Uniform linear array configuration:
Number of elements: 16
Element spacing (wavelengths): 1
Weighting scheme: cosine
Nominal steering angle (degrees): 0
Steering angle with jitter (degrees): -0.05803
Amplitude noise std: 0.05
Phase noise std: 0.05

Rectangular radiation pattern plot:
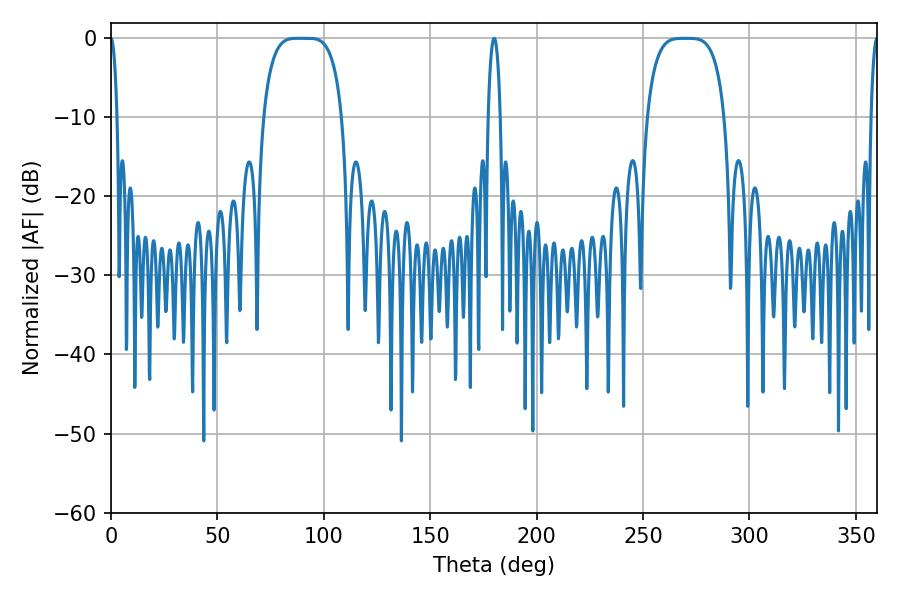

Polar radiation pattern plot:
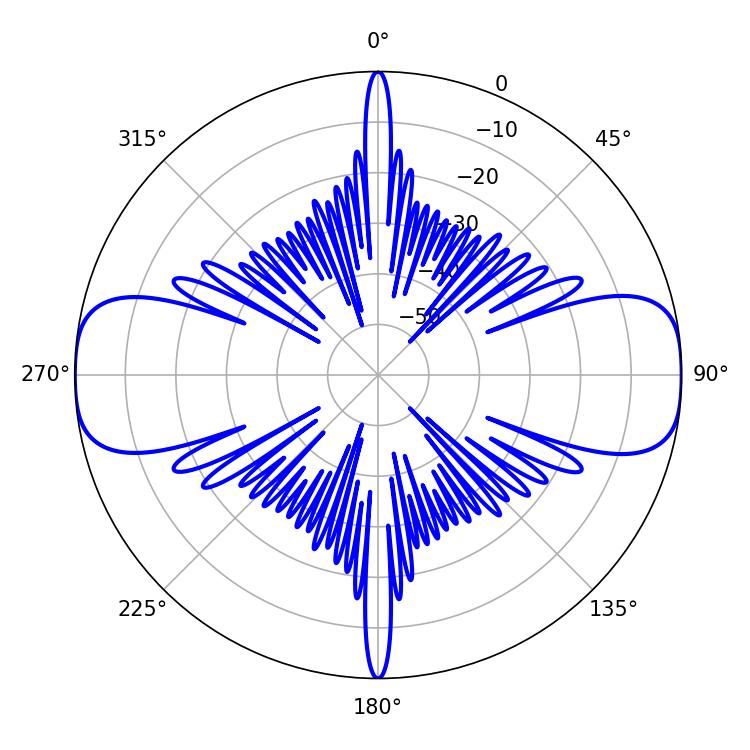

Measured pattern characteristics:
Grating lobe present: TRUE
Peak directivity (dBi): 22.085
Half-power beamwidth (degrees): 28.08
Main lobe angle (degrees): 87.84